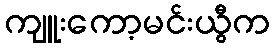
ကျူးကော့မင်းယွီက